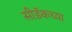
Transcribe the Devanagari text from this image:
सीडॅकच्या